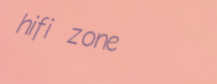
hifi zone